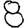
Digit: 8